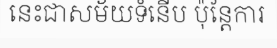
នេះជាសម័យទំនើប ប៉ុន្តែការ